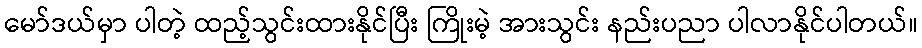
မော်ဒယ်မှာ ပါတဲ့ ထည့်သွင်းထားနိုင်ပြီး ကြိုးမဲ့ အားသွင်း နည်းပညာ ပါလာနိုင်ပါတယ်။